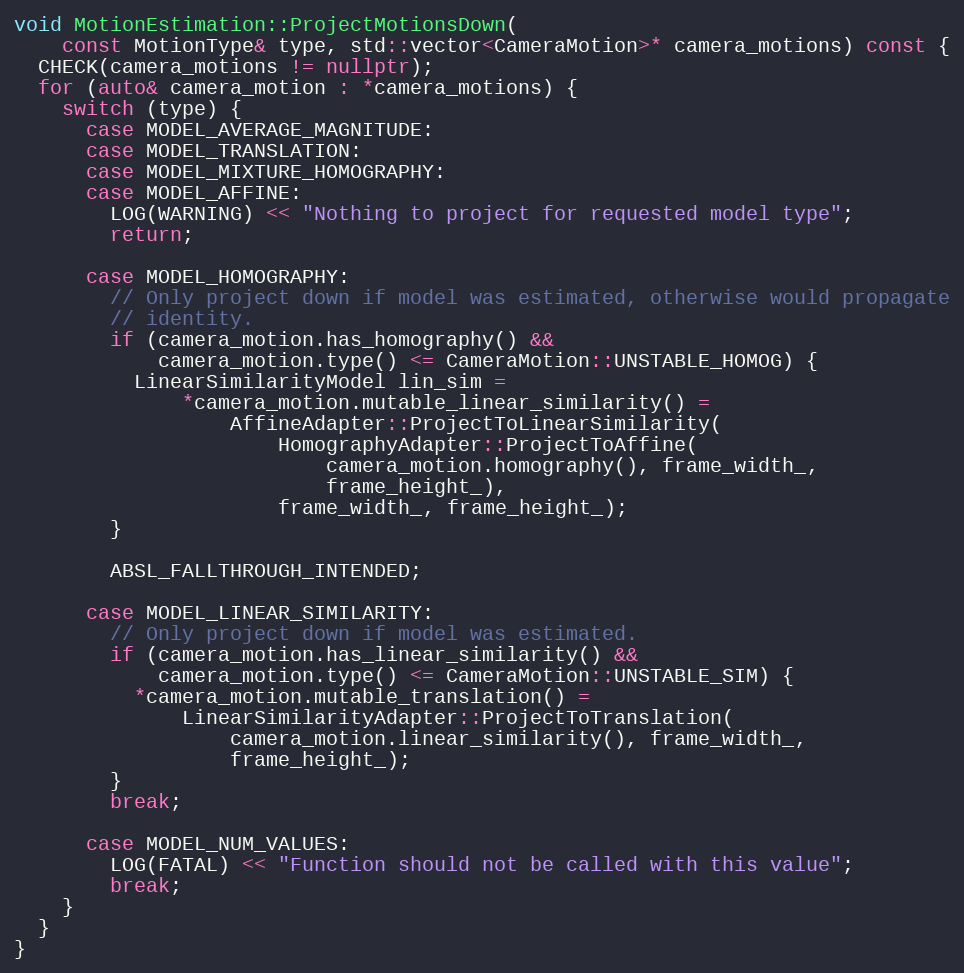
Language: C++
void MotionEstimation::ProjectMotionsDown(
    const MotionType& type, std::vector<CameraMotion>* camera_motions) const {
  CHECK(camera_motions != nullptr);
  for (auto& camera_motion : *camera_motions) {
    switch (type) {
      case MODEL_AVERAGE_MAGNITUDE:
      case MODEL_TRANSLATION:
      case MODEL_MIXTURE_HOMOGRAPHY:
      case MODEL_AFFINE:
        LOG(WARNING) << "Nothing to project for requested model type";
        return;

      case MODEL_HOMOGRAPHY:
        // Only project down if model was estimated, otherwise would propagate
        // identity.
        if (camera_motion.has_homography() &&
            camera_motion.type() <= CameraMotion::UNSTABLE_HOMOG) {
          LinearSimilarityModel lin_sim =
              *camera_motion.mutable_linear_similarity() =
                  AffineAdapter::ProjectToLinearSimilarity(
                      HomographyAdapter::ProjectToAffine(
                          camera_motion.homography(), frame_width_,
                          frame_height_),
                      frame_width_, frame_height_);
        }

        ABSL_FALLTHROUGH_INTENDED;

      case MODEL_LINEAR_SIMILARITY:
        // Only project down if model was estimated.
        if (camera_motion.has_linear_similarity() &&
            camera_motion.type() <= CameraMotion::UNSTABLE_SIM) {
          *camera_motion.mutable_translation() =
              LinearSimilarityAdapter::ProjectToTranslation(
                  camera_motion.linear_similarity(), frame_width_,
                  frame_height_);
        }
        break;

      case MODEL_NUM_VALUES:
        LOG(FATAL) << "Function should not be called with this value";
        break;
    }
  }
}